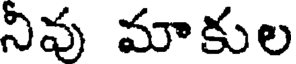
నివు మాకుల